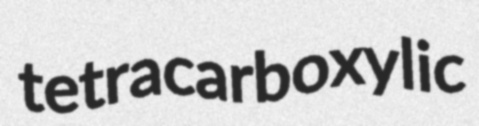
tetracarboxylic